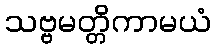
သဗ္ဗမတ္တိကာမယံ